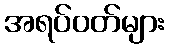
အရပ်ဝတ်များ